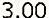
3.00